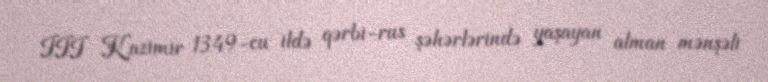
III Kazimir 1349-cu ildə qərbi-rus şəhərlərində yaşayan alman mənşəli